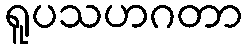
ရူပသဟဂတာ